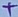
Text: +